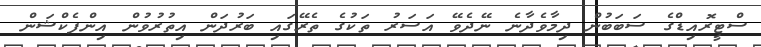
ސްޓީރޮއިޑްގެ ސަބަބުން ދިމާވެދާނެ ނޭދެވޭ އަސަރު ތަކުގެ ތެރޭގައި ބަރުދަން އިތުރުވުން އިންފެކްޝަން